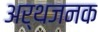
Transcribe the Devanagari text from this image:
अर्थजनक